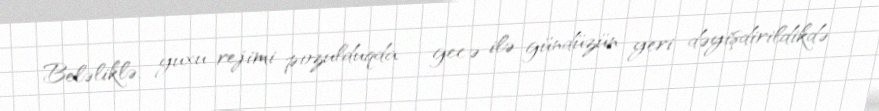
Beləliklə, yuxu rejimi pozulduqda - gecə ilə gündüzün yeri dəyişdirildikdə